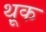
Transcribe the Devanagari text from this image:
थ़ूक